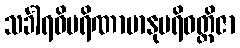
သင်္ခါရဝိပရိဏာမာနုပရိဝတ္တိဇာ